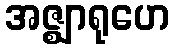
အဇ္ဈာရုဟေ